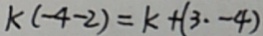
k ( - 4 - 2 ) = k + ( 3 \cdot - 4 )